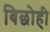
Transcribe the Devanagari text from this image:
बिछोही